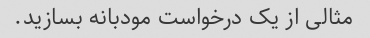
مثالی از یک درخواست مودبانه بسازید.